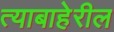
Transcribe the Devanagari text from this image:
त्याबाहेरील